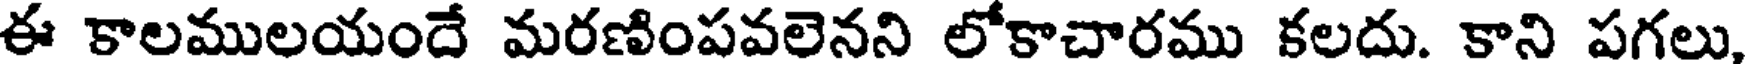
ఈ కాలములయందే మరణింపవలెనని లోకాచారము కలదు. కాని పగలు,